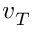
v _ { T }